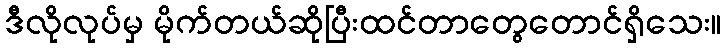
ဒီလိုလုပ်မှ မိုက်တယ်ဆိုပြီးထင်တာတွေတောင်ရှိသေး။